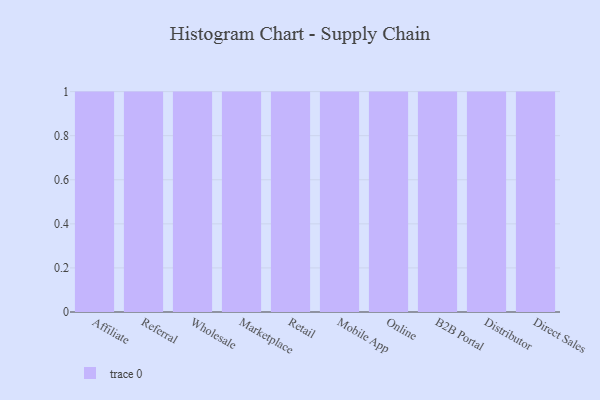
{"axis": {"x": "Channel", "y": "Production Output"}, "legend": [""], "data": [{"x": "Affiliate", "y": 98, "type": ""}, {"x": "Referral", "y": 85, "type": ""}, {"x": "Wholesale", "y": 37, "type": ""}, {"x": "Marketplace", "y": 63, "type": ""}, {"x": "Retail", "y": 46, "type": ""}, {"x": "Mobile App", "y": 1, "type": ""}, {"x": "Online", "y": 94, "type": ""}, {"x": "B2B Portal", "y": 70, "type": ""}, {"x": "Distributor", "y": 21, "type": ""}, {"x": "Direct Sales", "y": 100, "type": ""}]}